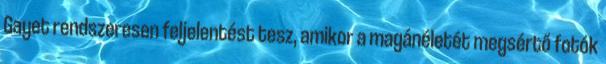
Gayet rendszeresen feljelentést tesz, amikor a magánéletét megsértő fotók